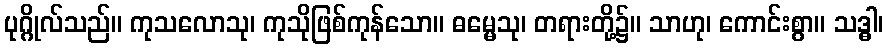
ပုဂ္ဂိုလ်သည်။ ကုသလောသု၊ ကုသိုဖြစ်ကုန်သော။ ဓမ္မေသု၊ တရားတို့၌။ သာဟု၊ ကောင်းစွာ။ သဒ္ဓါ၊